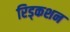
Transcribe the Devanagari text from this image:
रिड्कशन